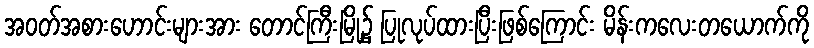
အဝတ်အစားဟောင်းများအား တောင်ကြီးမြို့၌ ပြုလုပ်ထားပြီးဖြစ်ကြောင်း မိန်းကလေးတယောက်ကို